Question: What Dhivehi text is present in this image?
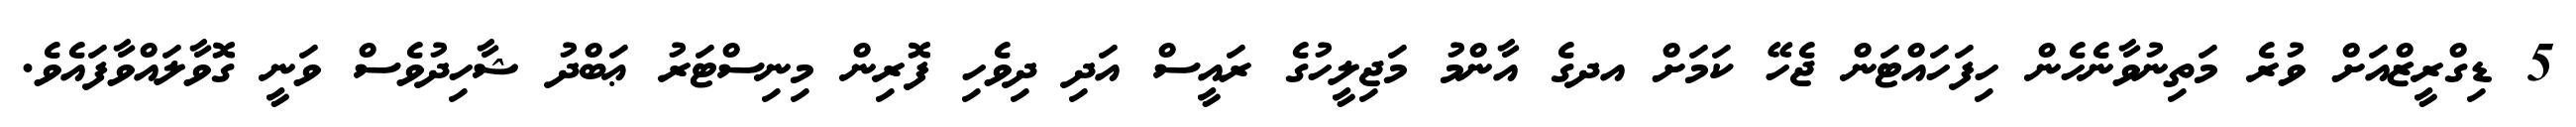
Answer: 5 ޑިގްރީޒްއަށް ވުރެ މަތިނުވާނެހެން ހިފަހައްޓަން ޖެހޭ ކަމަށް އދގެ އާންމު މަޖިލީހުގެ ރައީސް އަދި ދިވެހި ފޮރިން މިނިސްޓަރު ޢަބްދު ޝާހިދުވެސް ވަނީ ގޮވާލައްވާފައެވެ.